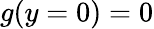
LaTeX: g(y=0)=0